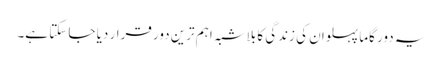
یہ دور گاما پہلوان کی زندگی کا بلاشبہ اہم ترین دور قرار دیا جا سکتا ہے۔